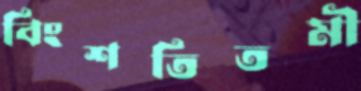
বিংশতিতমী